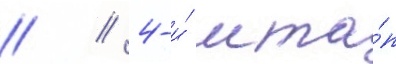
// / 4-и́ мта́п